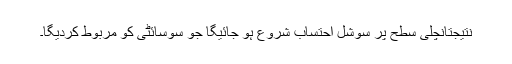
نتیجتاًنچلی سطح پر سوشل احتساب شروع ہو جائیگا جو سوسائٹی کو مربوط کردیگا۔